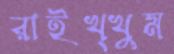
রাইখ্খুম